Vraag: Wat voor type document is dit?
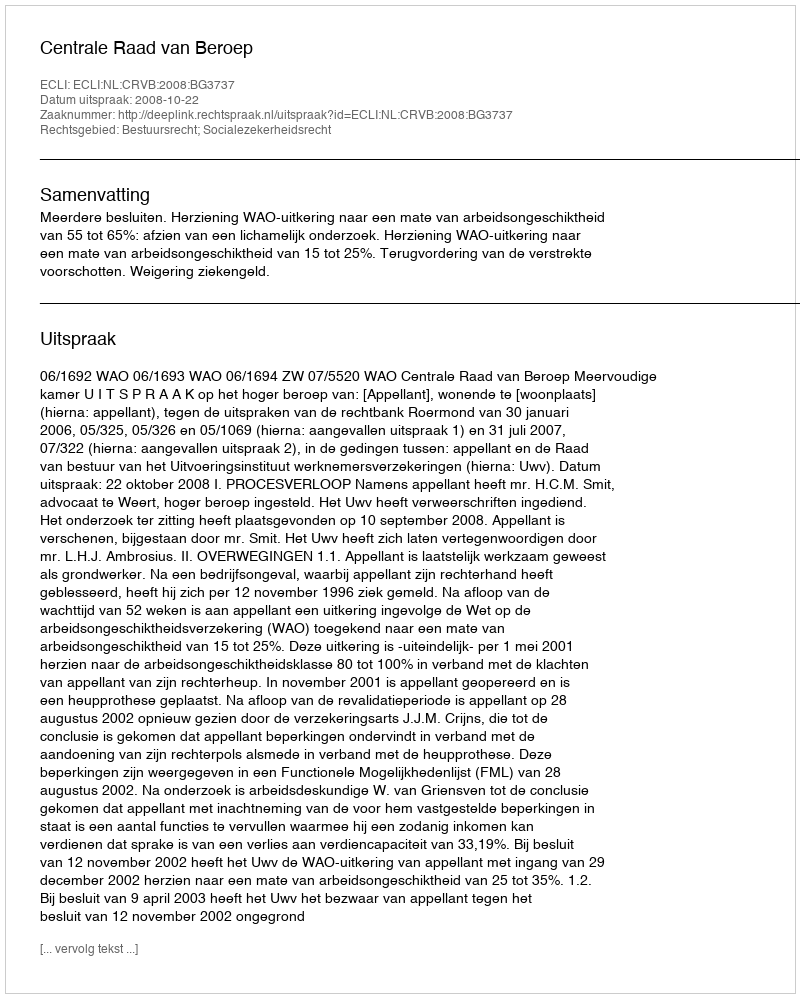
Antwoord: Uitspraak